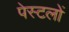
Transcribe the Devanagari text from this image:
पेस्टलों